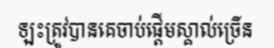
ឡះត្រូវបានគេចាប់ផ្តើមស្គាល់ច្រើន